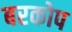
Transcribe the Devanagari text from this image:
बरकोप